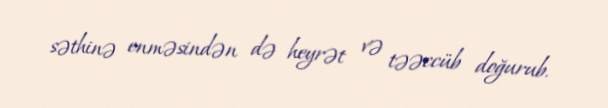
səthinə enməsindən də heyrət və təəccüb doğurub.